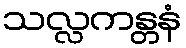
သလ္လကန္တနံ